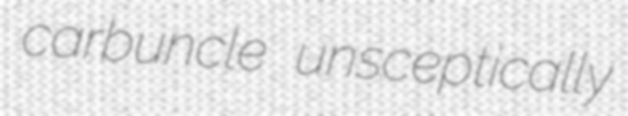
carbuncle unsceptically